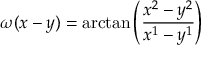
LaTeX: \omega ( x - y ) = \arctan \left( \frac { x ^ { 2 } - y ^ { 2 } } { x ^ { 1 } - y ^ { 1 } } \right)